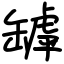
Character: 罅